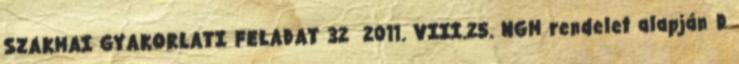
SZAKMAI GYAKORLATI FELADAT 32 2011. VIII.25. NGM rendelet alapján D